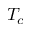
T _ { c }